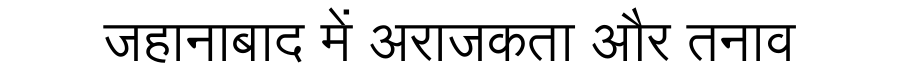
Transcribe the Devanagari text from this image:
जहानाबाद में अराजकता और तनाव